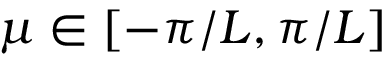
\mu \in [ - \pi / L , \pi / L ]